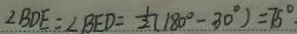
\angle B D E = \angle B E D = \frac { 1 } { 2 } ( 1 8 0 ^ { \circ } - 3 0 ^ { \circ } ) = 7 5 ^ { \circ } \cdot